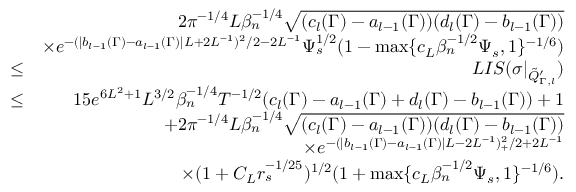
\begin{array} { r l r } & { } & { 2 \pi ^ { - 1 \slash 4 } L \beta _ { n } ^ { - 1 \slash 4 } \sqrt { ( c _ { l } ( \Gamma ) - a _ { l - 1 } ( \Gamma ) ) ( d _ { l } ( \Gamma ) - b _ { l - 1 } ( \Gamma ) ) } } \\ & { } & { \times e ^ { - ( | b _ { l - 1 } ( \Gamma ) - a _ { l - 1 } ( \Gamma ) | L + 2 L ^ { - 1 } ) ^ { 2 } \slash 2 - 2 L ^ { - 1 } } \Psi _ { s } ^ { 1 \slash 2 } ( 1 - \operatorname* { m a x } \{ c _ { L } \beta _ { n } ^ { - 1 \slash 2 } \Psi _ { s } , 1 \} ^ { - 1 \slash 6 } ) } \\ & { \leq } & { L I S ( \sigma | _ { \tilde { Q } _ { \Gamma , l } ^ { \prime } } ) } \\ & { \leq } & { 1 5 e ^ { 6 L ^ { 2 } + 1 } L ^ { 3 \slash 2 } \beta _ { n } ^ { - 1 \slash 4 } T ^ { - 1 \slash 2 } ( c _ { l } ( \Gamma ) - a _ { l - 1 } ( \Gamma ) + d _ { l } ( \Gamma ) - b _ { l - 1 } ( \Gamma ) ) + 1 } \\ & { } & { + 2 \pi ^ { - 1 \slash 4 } L \beta _ { n } ^ { - 1 \slash 4 } \sqrt { ( c _ { l } ( \Gamma ) - a _ { l - 1 } ( \Gamma ) ) ( d _ { l } ( \Gamma ) - b _ { l - 1 } ( \Gamma ) ) } } \\ & { } & { \quad \times e ^ { - ( | b _ { l - 1 } ( \Gamma ) - a _ { l - 1 } ( \Gamma ) | L - 2 L ^ { - 1 } ) _ { + } ^ { 2 } \slash 2 + 2 L ^ { - 1 } } } \\ & { } & { \quad \times ( 1 + C _ { L } r _ { s } ^ { - 1 \slash 2 5 } ) ^ { 1 \slash 2 } ( 1 + \operatorname* { m a x } \{ c _ { L } \beta _ { n } ^ { - 1 \slash 2 } \Psi _ { s } , 1 \} ^ { - 1 \slash 6 } ) . } \end{array}